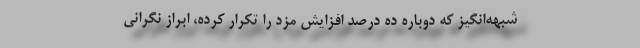
شبهه‌انگیز که دوباره ده درصد افزایش مزد را تکرار کرده، ابراز نگرانی